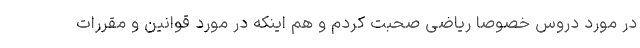
در مورد دروس خصوصا ریاضی صحبت کردم و هم اینکه در مورد قوانین و مقررات